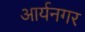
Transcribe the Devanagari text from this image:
आर्यनगर